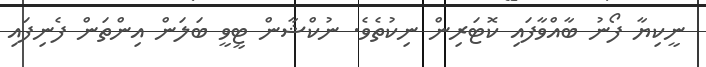
ނީކިޔާ ފޯނު ބާއްވާފައި ކޮޓަރިން ނިކުތެވެ. ނުކްޝާން ޓީވީ ބަލަން އިންތަން ފެނިފައި